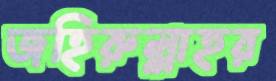
জহিরুল্লাহর